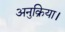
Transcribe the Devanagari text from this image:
अनुक्रिया।